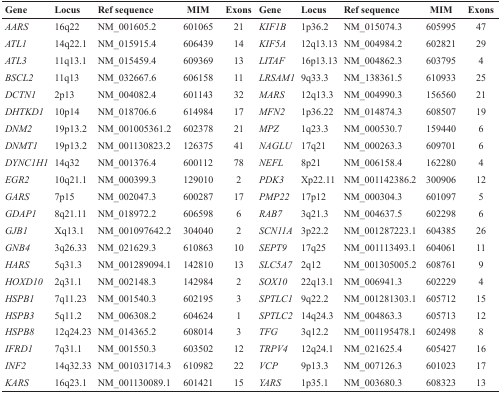
<table><thead><tr><td><b>Gene</b></td><td><b>Locus</b></td><td><b>Ref sequence</b></td><td><b>MIM</b></td><td><b>Exons</b></td><td><b>Gene</b></td><td><b>Locus</b></td><td><b>Ref sequence</b></td><td><b>MIM</b></td><td><b>Exons</b></td></tr></thead><tbody><tr><td><i>AARS</i></td><td>16q22</td><td>NM_001605.2</td><td>601065</td><td>21</td><td><i>KIF1B</i></td><td>1p36.2</td><td>NM_015074.3</td><td>605995</td><td>47</td></tr><tr><td><i>ATL1</i></td><td>14q22.1</td><td>NM_015915.4</td><td>606439</td><td>14</td><td><i>KIF5A</i></td><td>12q13.13</td><td>NM_004984.2</td><td>602821</td><td>29</td></tr><tr><td><i>ATL3</i></td><td>11q13.1</td><td>NM_015459.4</td><td>609369</td><td>13</td><td><i>LITAF</i></td><td>16p13.13</td><td>NM_004862.3</td><td>603795</td><td>4</td></tr><tr><td><i>BSCL2</i></td><td>11q13</td><td>NM_032667.6</td><td>606158</td><td>11</td><td><i>LRSAM1</i></td><td>9q33.3</td><td>NM_138361.5</td><td>610933</td><td>25</td></tr><tr><td><i>DCTN1</i></td><td>2p13</td><td>NM_004082.4</td><td>601143</td><td>32</td><td><i>MARS</i></td><td>12q13.3</td><td>NM_004990.3</td><td>156560</td><td>21</td></tr><tr><td><i>DHTKD1</i></td><td>10p14</td><td>NM_018706.6</td><td>614984</td><td>17</td><td><i>MFN2</i></td><td>1p36.22</td><td>NM_014874.3</td><td>608507</td><td>19</td></tr><tr><td><i>DNM2</i></td><td>19p13.2</td><td>NM_001005361.2</td><td>602378</td><td>21</td><td><i>MPZ</i></td><td>1q23.3</td><td>NM_000530.7</td><td>159440</td><td>6</td></tr><tr><td><i>DNMT1</i></td><td>19p13.2</td><td>NM_001130823.2</td><td>126375</td><td>41</td><td><i>NAGLU</i></td><td>17q21</td><td>NM_000263.3</td><td>609701</td><td>6</td></tr><tr><td><i>DYNC1H1</i></td><td>14q32</td><td>NM_001376.4</td><td>600112</td><td>78</td><td><i>NEFL</i></td><td>8p21</td><td>NM_006158.4</td><td>162280</td><td>4</td></tr><tr><td><i>EGR2</i></td><td>10q21.1</td><td>NM_000399.3</td><td>129010</td><td>2</td><td><i>PDK3</i></td><td>Xp22.11</td><td>NM_001142386.2</td><td>300906</td><td>12</td></tr><tr><td><i>GARS</i></td><td>7p15</td><td>NM_002047.3</td><td>600287</td><td>17</td><td><i>PMP22</i></td><td>17p12</td><td>NM_000304.3</td><td>601097</td><td>5</td></tr><tr><td><i>GDAP1</i></td><td>8q21.11</td><td>NM_018972.2</td><td>606598</td><td>6</td><td><i>RAB7</i></td><td>3q21.3</td><td>NM_004637.5</td><td>602298</td><td>6</td></tr><tr><td><i>GJB1</i></td><td>Xq13.1</td><td>NM_001097642.2</td><td>304040</td><td>2</td><td><i>SCN11A</i></td><td>3p22.2</td><td>NM_001287223.1</td><td>604385</td><td>26</td></tr><tr><td><i>GNB4</i></td><td>3q26.33</td><td>NM_021629.3</td><td>610863</td><td>10</td><td><i>SEPT9</i></td><td>17q25</td><td>NM_001113493.1</td><td>604061</td><td>11</td></tr><tr><td><i>HARS</i></td><td>5q31.3</td><td>NM_001289094.1</td><td>142810</td><td>13</td><td><i>SLC5A7</i></td><td>2q12</td><td>NM_001305005.2</td><td>608761</td><td>9</td></tr><tr><td><i>HOXD10</i></td><td>2q31.1</td><td>NM_002148.3</td><td>142984</td><td>2</td><td><i>SOX10</i></td><td>22q13.1</td><td>NM_006941.3</td><td>602229</td><td>4</td></tr><tr><td><i>HSPB1</i></td><td>7q11.23</td><td>NM_001540.3</td><td>602195</td><td>3</td><td><i>SPTLC1</i></td><td>9q22.2</td><td>NM_001281303.1</td><td>605712</td><td>15</td></tr><tr><td><i>HSPB3</i></td><td>5q11.2</td><td>NM_006308.2</td><td>604624</td><td>1</td><td><i>SPTLC2</i></td><td>14q24.3</td><td>NM_004863.3</td><td>605713</td><td>12</td></tr><tr><td><i>HSPB8</i></td><td>12q24.23</td><td>NM_014365.2</td><td>608014</td><td>3</td><td><i>TFG</i></td><td>3q12.2</td><td>NM_001195478.1</td><td>602498</td><td>8</td></tr><tr><td><i>IFRD1</i></td><td>7q31.1</td><td>NM_001550.3</td><td>603502</td><td>12</td><td><i>TRPV4</i></td><td>12q24.1</td><td>NM_021625.4</td><td>605427</td><td>16</td></tr><tr><td><i>INF2</i></td><td>14q32.33</td><td>NM_001031714.3</td><td>610982</td><td>22</td><td><i>VCP</i></td><td>9p13.3</td><td>NM_007126.3</td><td>601023</td><td>17</td></tr><tr><td><i>KARS</i></td><td>16q23.1</td><td>NM_001130089.1</td><td>601421</td><td>15</td><td><i>YARS</i></td><td>1p35.1</td><td>NM_003680.3</td><td>608323</td><td>13</td></tr></tbody></table>